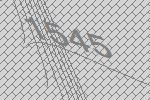
1545